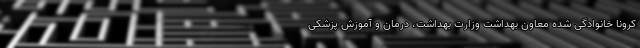
کرونا خانوادگی شده معاون بهداشت وزارت بهداشت، درمان و آموزش پزشکی